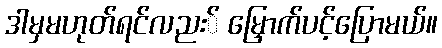
ဒါမှမဟုတ်ရင်လညး် မြှောက်ပင့်ပြောမယ်။